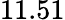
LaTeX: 11.51